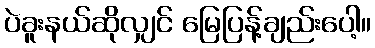
ပဲခူးနယ်ဆိုလျှင် မြေပြန့်ချည်းပေါ့။